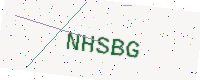
Text: NHSBG